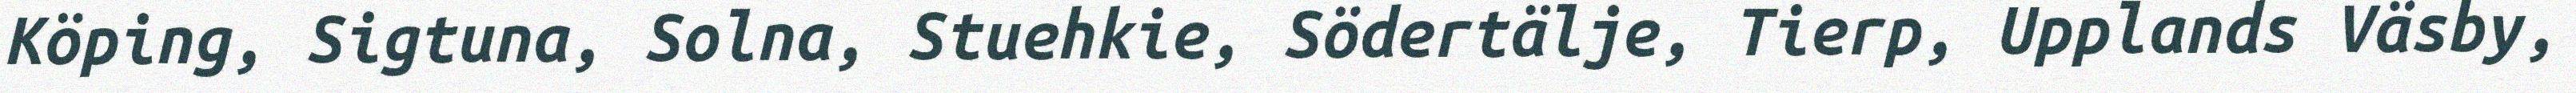
Köping, Sigtuna, Solna, Stuehkie, Södertälje, Tierp, Upplands Väsby,